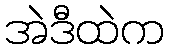
အဲဒီထဲက